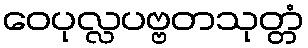
ဝေပုလ္လပဗ္ဗတသုတ္တံ